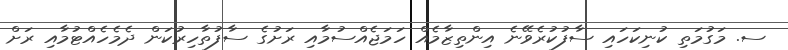
ސ. މަގުމަތި ކުނިކަހައި ސާފުކުރެވޭނެ އިންތިޒާމެއް ހަމަޖެއްސުމާއި ރަށުގެ ސާފުތާހިރުކަން ދެމެހެއްޓުމާއި ރަށް